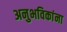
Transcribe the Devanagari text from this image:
अनुभविकांना